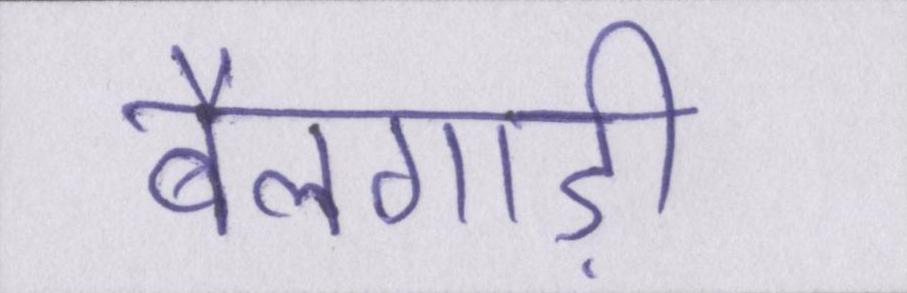
बैलगाड़ी